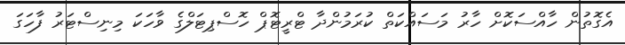
އެގޮތުން ހާއްސަކޮށް ހާރު މަސައްކަތް ކުރަމުންދާ ޓްރީޓޮޕް ހޮސްޕިޓަލްގެ ވާހަކަ މިނިސްޓަރު ފާހަގަ